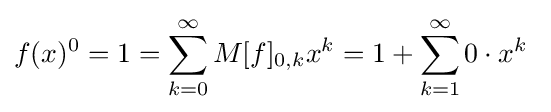
f(x)^{0}=1=\sum _{k=0}^{\infty }M[f]_{0,k}x^{k}=1+\sum _{k=1}^{\infty }0\cdot x^{k}~